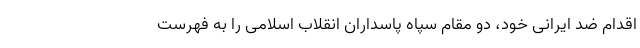
اقدام ضد ایرانی خود، دو مقام سپاه پاسداران انقلاب اسلامی را به فهرست